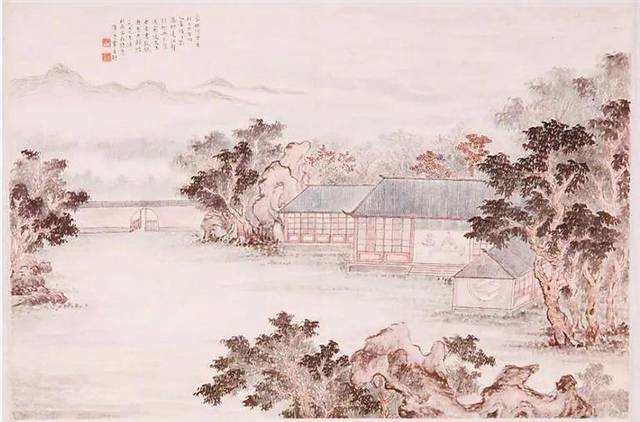
穷年忧黎元，叹息肠内热。